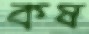
কষ